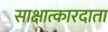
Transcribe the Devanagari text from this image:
साक्षात्कारदाता